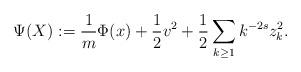
LaTeX: \begin{align*} \Psi(X):=\frac{1}{m}\Phi(x)+\frac{1}{2} v^2+\frac{1}{2}\sum_{k \geq 1}k^{-2s}z_k^2.\end{align*}